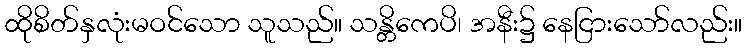
ထိုစိတ်နှလုံးမဝင်သော သူသည်။ သန္တိကေပိ၊ အနီး၌ နေငြားသော်လည်း။